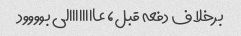
برخلاف دفعه قبل، عاااااااالی بوووود